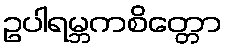
ဥပါရမ္ဘကစိတ္တော